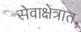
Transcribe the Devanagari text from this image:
सेवाक्षेत्रात